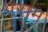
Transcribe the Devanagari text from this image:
पराम्